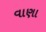
વાણા